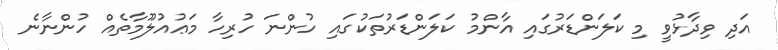
އަދި ވިދާޅުވީ މި ކަލަންޑަރުގައި އާންމު ކަލަންޑަރުތަކުގައި ހުންނަ ހުރިހާ މަޢުއުލޫމާތެއް ހުންނާނެ